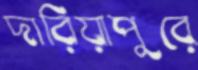
দারিয়াপুরে